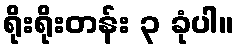
ရိုးရိုးတန်း ၃ ခုံပါ။